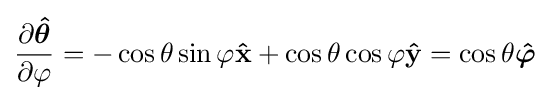
{\frac {\partial {\boldsymbol {\hat {\theta }}}}{\partial \varphi }}=-\cos \theta \sin \varphi \mathbf {\hat {x}} +\cos \theta \cos \varphi \mathbf {\hat {y}} =\cos \theta {\boldsymbol {\hat {\varphi }}}